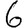
Digit: 6